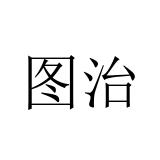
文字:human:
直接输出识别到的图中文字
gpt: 图治